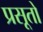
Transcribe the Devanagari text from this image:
प्रसूतो